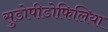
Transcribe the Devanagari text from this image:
सुडोपीडोफिलिया